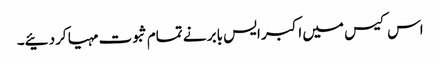
اس کیس میں اکبر ایس بابر نے تمام ثبوت مہیا کردئیے۔